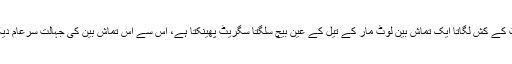
جس طرح سگریٹ کے کش لگاتا ایک تماش بین لوٹ مار کے تیل کے عین بیچ سلگتا سگریٹ پھینکتا ہے، اس سے اس تماش بین کی جہالت سرعام دیکھی جا سکتی ہے۔